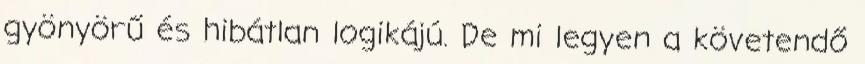
gyönyörű és hibátlan logikájú. De mi legyen a követendő